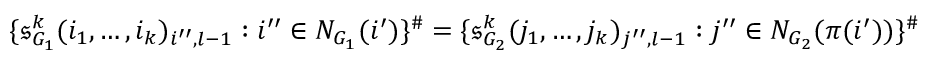
\{ \mathfrak { s } _ { G _ { 1 } } ^ { k } ( i _ { 1 } , \dots , i _ { k } ) _ { i ^ { \prime \prime } , l - 1 } : i ^ { \prime \prime } \in N _ { G _ { 1 } } ( i ^ { \prime } ) \} ^ { \# } = \{ \mathfrak { s } _ { G _ { 2 } } ^ { k } ( j _ { 1 } , \dots , j _ { k } ) _ { j ^ { \prime \prime } , l - 1 } : j ^ { \prime \prime } \in N _ { G _ { 2 } } ( \pi ( i ^ { \prime } ) ) \} ^ { \# }